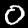
Digit: 0